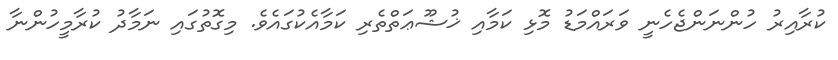
ކުރާއިރު ހުންނަންޖެހެނީ ވަރައްމަޑު މޮޅި ކަމާއި ޚުޝޫޢަތްތެރި ކަމާއެކުގައެވެ. މިގޮތުގައި ނަމާދު ކުރާމީހުންނާ